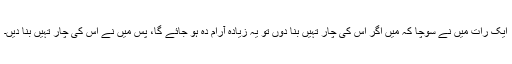
ایک رات میں نے سوچا کہ میں اگر اِس کی چار تہیں بنا دوں تو یہ زیادہ آرام دہ ہو جائے گا، پس میں نے اُس کی چار تہیں بنا دیں۔